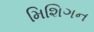
મિશિગન